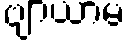
ဗျာယာမ